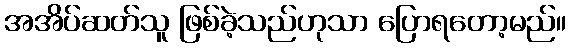
အအိပ်ဆတ်သူ ဖြစ်ခဲ့သည်ဟုသာ ပြောရတော့မည်။